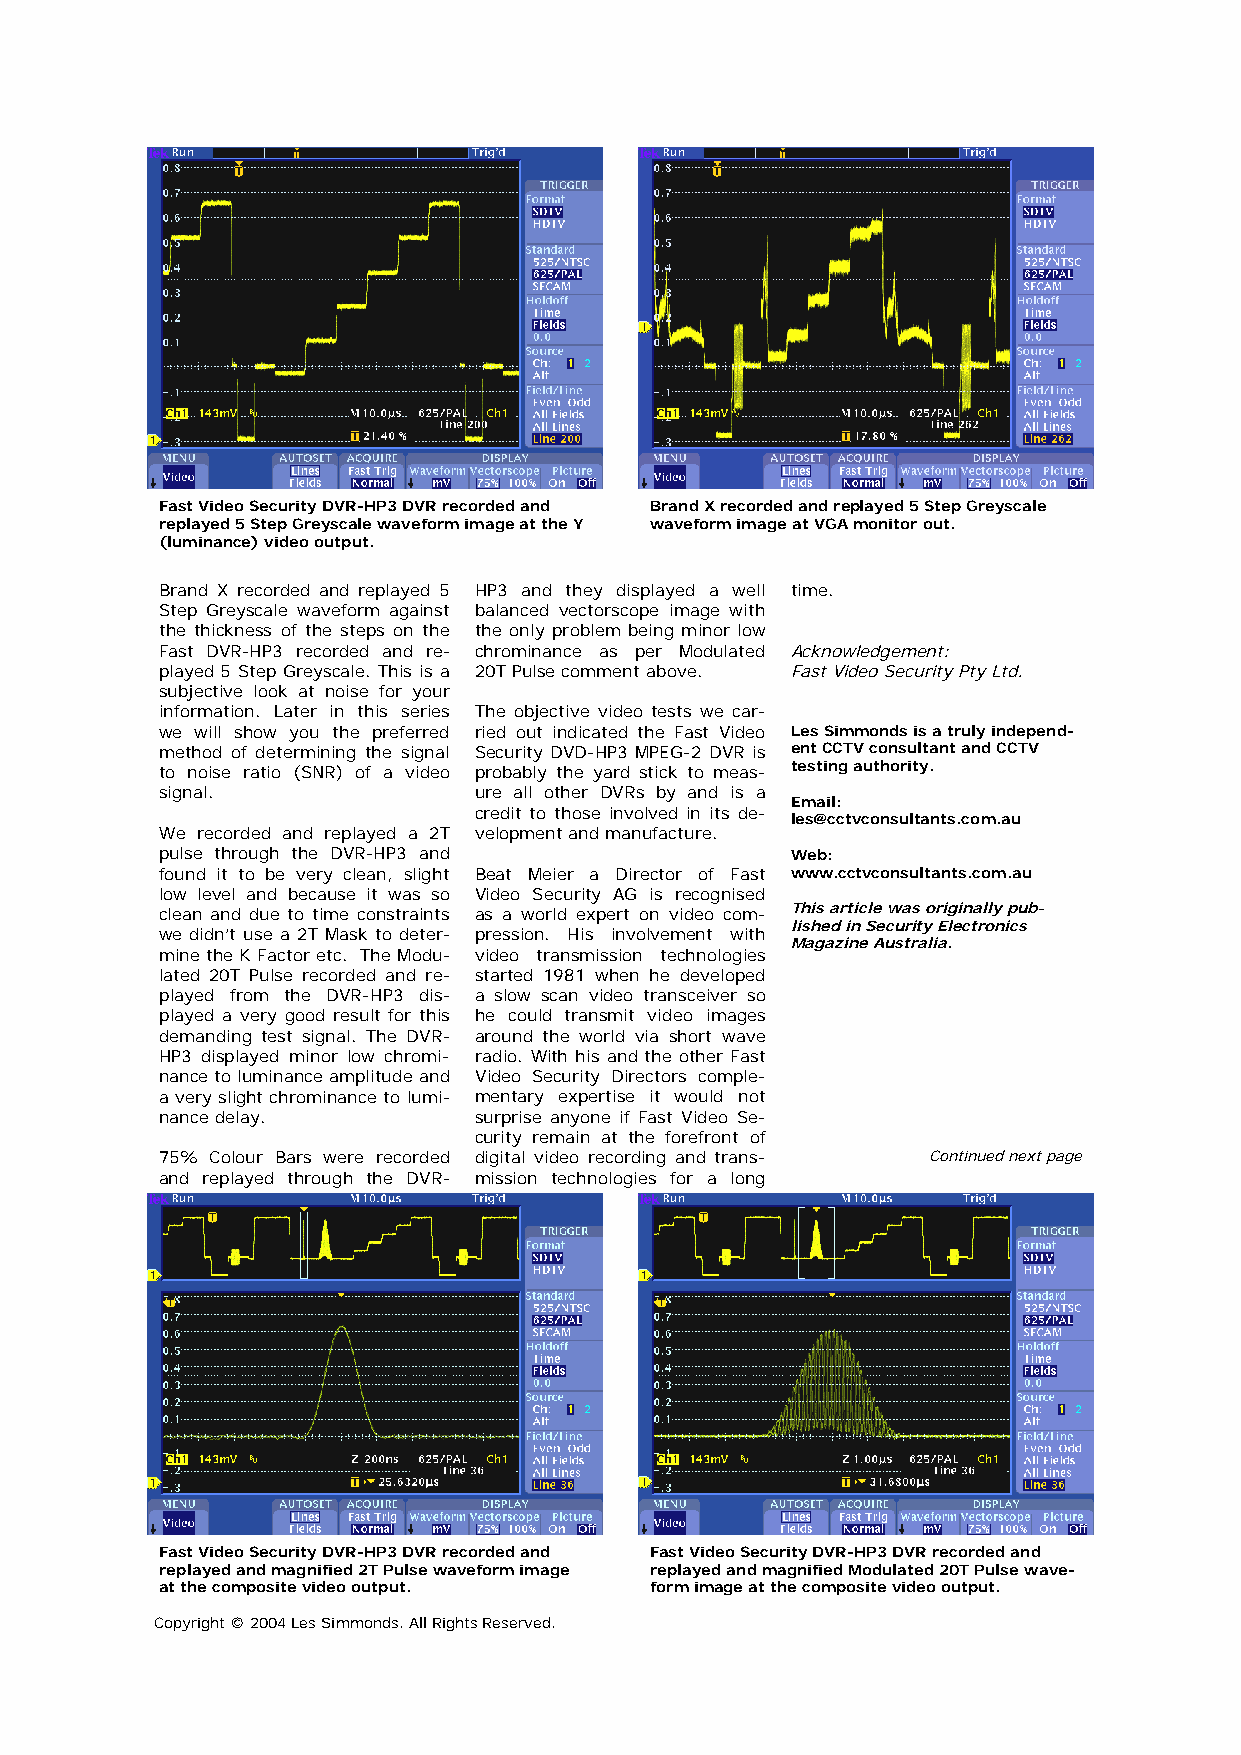
Fast Video Security DVR-HP3 DVR recorded and Brand X recorded and replayed 5 Step Greyscale
 replayed 5 Step Greyscale waveform image at the Y waveform image at VGA monitor out.
 (luminance) video output.
 Brand X recorded and replayed 5 HP3 and they displayed a well time.
 Step Greyscale waveform against balanced vectorscope image with
 the thickness of the steps on the the only problem being minor low
 Fast DVR-HP3 recorded and re- chrominance as per Modulated Acknowledgement:
 played 5 Step Greyscale. This is a 20T Pulse comment above. Fast Video Security Pty Ltd.
 subjective look at noise for your
 information. Later in this series The objective video tests we car-
 we will show you the preferred ried out indicated the Fast Video Les Simmonds is a truly independ-
 method of determining the signal Security DVD-HP3 MPEG-2 DVR is ent CCTV consultant and CCTV
 to noise ratio (SNR) of a video probably the yard stick to meas- testing authority.
 signal.             ure all other DVRs by and is a
 Email:
 credit to those involved in its de-
 les@cctvconsultants.com.au
 We recorded and replayed a 2T velopment and manufacture.
 pulse through the DVR-HP3 and            Web:
 found it to be very clean, slight Beat Meier a Director of Fast www.cctvconsultants.com.au
 low level and because it was so Video Security AG is recognised
 clean and due to time constraints as a world expert on video com- This article was originally pub-
 lished in Security Electronics
 we didn’t use a 2T Mask to deter- pression. His involvement with
 Magazine Australia.
 mine the K Factor etc. The Modu- video transmission technologies
 lated 20T Pulse recorded and re- started 1981 when he developed
 played from the DVR-HP3 dis- a slow scan video transceiver so
 played a very good result for this he could transmit video images
 demanding test signal. The DVR- around the world via short wave
 HP3 displayed minor low chromi- radio. With his and the other Fast
 nance to luminance amplitude and Video Security Directors comple-
 a very slight chrominance to lumi- mentary expertise it would not
 nance delay.        surprise anyone if Fast Video Se-
 curity remain at the forefront of
 75% Colour Bars were recorded digital video recording and trans- Continued next page
 and replayed through the DVR- mission technologies for a long
 Fast Video Security DVR-HP3 DVR recorded and Fast Video Security DVR-HP3 DVR recorded and
 replayed and magnified 2T Pulse waveform image replayed and magnified Modulated 20T Pulse wave-
 at the composite video output.  form image at the composite video output.
 Copyright © 2004 Les Simmonds. All Rights Reserved.